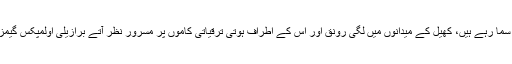
اولمپکس گیمز کی میزبانی پر برازیلی شہری پھولے نہیں سما رہے ہیں، کھیل کے میدانوں میں لگی رونق اور اس کے اطراف ہوتی ترقیاتی کاموں پر مسرور نظر آتے برازیلی اولمپکس گیمز کی افتتاحی تقریب کا بے چینی سے انتظار کر رہے ہیں۔